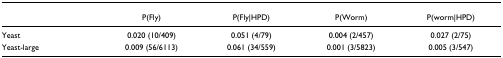
<table><thead><tr><td></td><td><b>P(Fly)</b></td><td><b>P(Fly|HPD)</b></td><td><b>P(Worm)</b></td><td><b>P(worm|HPD)</b></td></tr></thead><tbody><tr><td>Yeast</td><td>0.020 (10/409)</td><td>0.051 (4/79)</td><td>0.004 (2/457)</td><td>0.027 (2/75)</td></tr><tr><td>Yeast-large</td><td>0.009 (56/6113)</td><td>0.061 (34/559)</td><td>0.001 (3/5823)</td><td>0.005 (3/547)</td></tr></tbody></table>